Vaccine operations Central Provinces 1868-1885 - 1868-1885
Year: 1868
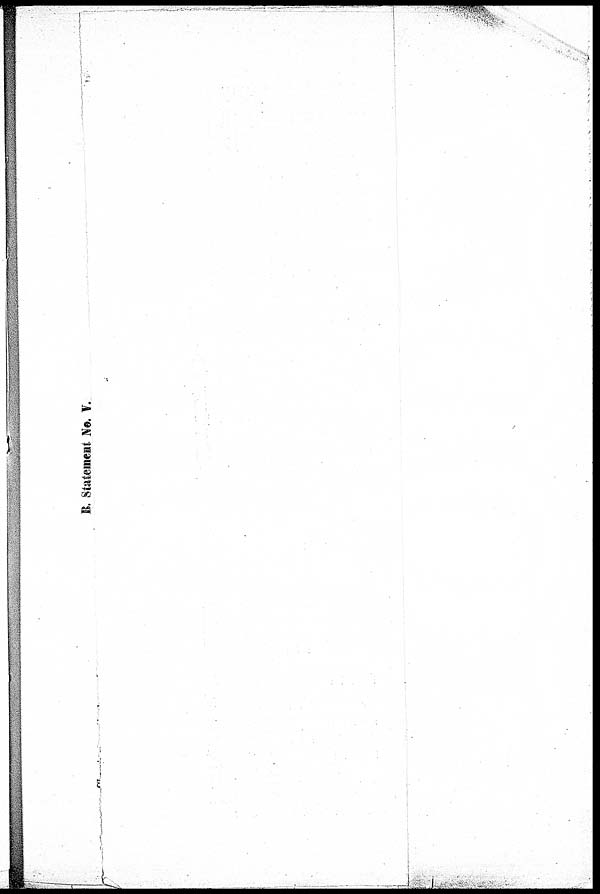
B. Statement No. V.